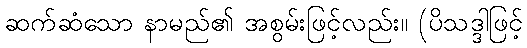
ဆက်ဆံသော နာမည်၏ အစွမ်းဖြင့်လည်း။ (ပိသဒ္ဒါဖြင့်